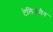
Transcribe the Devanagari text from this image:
टेलिसमैन